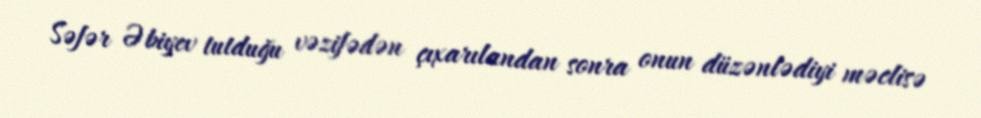
Səfər Əbiyev tutduğu vəzifədən çıxarılandan sonra onun düzənlədiyi məclisə